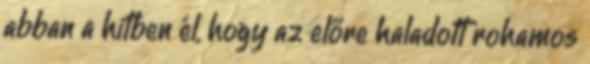
abban a hitben él, hogy az előre haladott rohamos